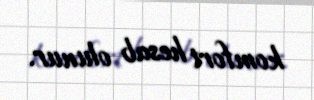
komfort hesab olunur.